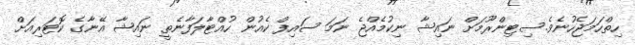
ހިތްހަމަޖެހުނެވެ.ސިޓިންރޫމަށް ނައިޝާ ނިކުމެއްޖެ ނަމަ ސައިފް ކެއުން ހުއްޓާލަފާނެތީ ނައިޝާ އޭނާގެ ކޮޓަރިއަށް